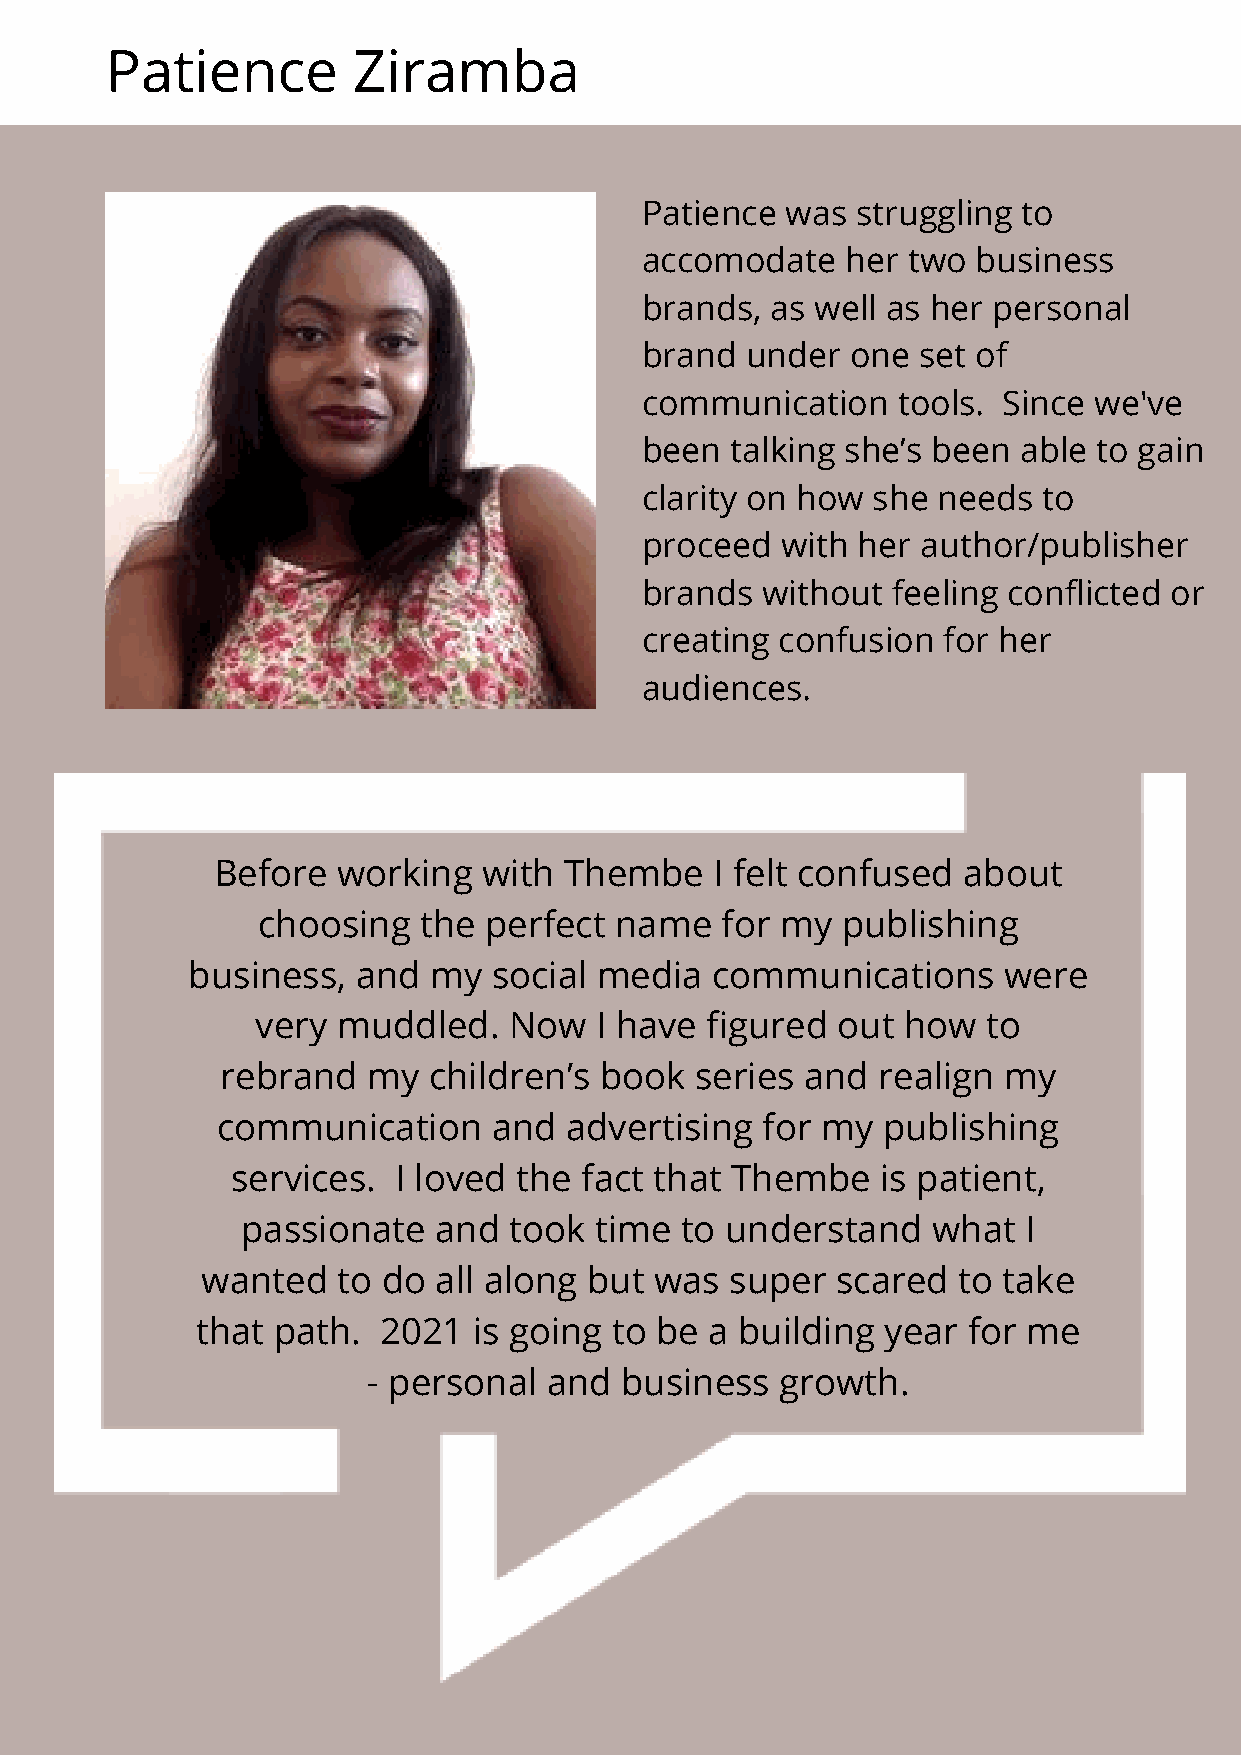
Patience        Ziramba
 Patience  was  struggling to
 accomodate    her two  business
 brands,  as well as her personal
 brand  under  one  set of
 communication    tools. Since we've
 been  talking she’s been  able to gain
 clarity on how  she needs  to
 proceed   with her author/publisher
 brands  without  feeling conflicted or
 creating  confusion for her
 audiences.
 Before  working   with Thembe    I felt confused  about
 choosing   the perfect  name   for my  publishing
 business,   and my   social media  communications     were
 very muddled.    Now  I have  figured out  how  to
 rebrand  my  children’s  book  series and  realign my
 communication      and advertising  for my  publishing
 services.  I loved the fact that Thembe    is patient,
 passionate   and  took time  to understand    what  I
 wanted   to do  all along but was  super  scared  to take
 that path.  2021  is going to be  a building  year for me
 - personal  and  business   growth.